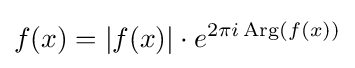
f(x)=|f(x)|\cdot e^{2\pi i\operatorname {Arg} (f(x))}